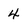
Character: 4